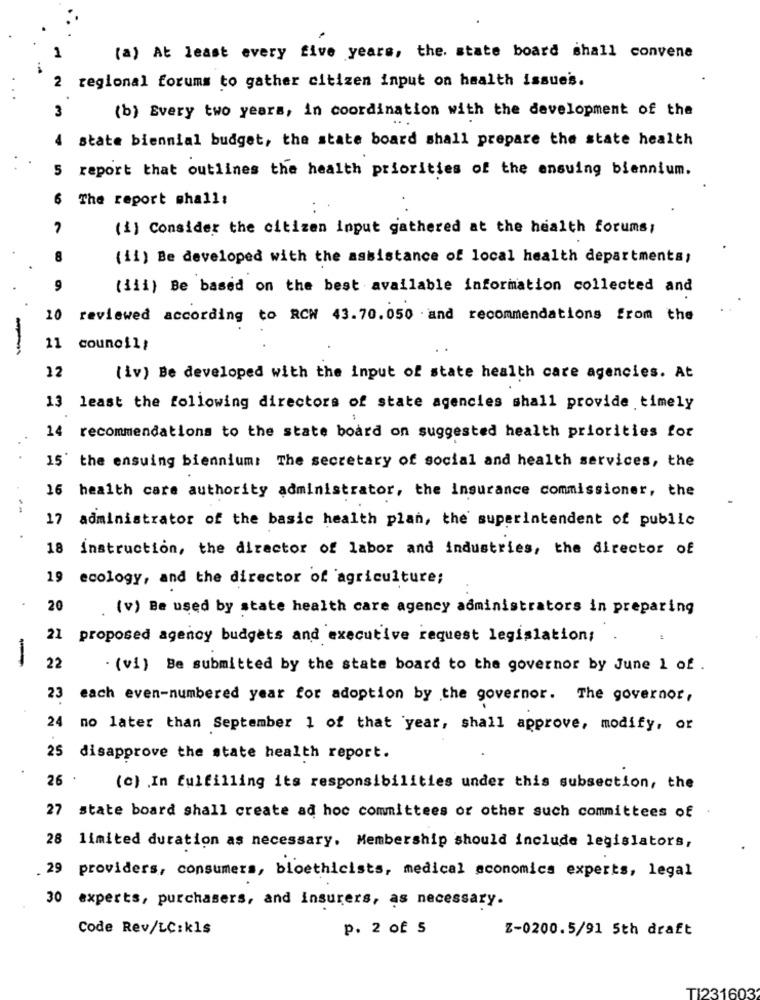
(a) At least every five years, the. state board shall convene
regional forums to gather citizen input on health issuess.
(b) Every two years, in coordination with the development of the
3
state biennial budget, the state board shall prepare the state health
5
report that outlines the health priorities of the ensuing biennium.
6
The report mhall;
(i) Consider the citizen input gathered at the health forums;
(ii) Be developed with the assistance of local health departments;
(iii) Be based on the best available information collected and
10 reviewed according to RCW 43.70.050 . and recommendations from the
-
11
counoil;
12
(iv) Be developed with the input of state health care agencies. At
13 least the following directors of state agencies shall provide timely
14 recommendations to the state board on suggested health priorities for
15' the ensuing biennium: The secretary of social and health services, the
16 health care authority administrator, the insurance commissioner, the
17 administrator of the basic health plan, the superintendent of public
18 instruction, the director of labor and industries, the director of
ecology, and the director of agriculture;
20
(v) Be used by state health care agency administrators in preparing
21 proposed agency budgets and executive request legislation;
22
. (vi) Be submitted by the state board to the governor by June 1 of.
23 each even-numbered year for adoption by the governor. The governor,
24 no later than September 1 of that year, shall approve, modify, or
25 disapprove the state health report.
26 .
(c) . In fulfilling its responsibilities under this subsection, the
state board shall create ad hoc committees or other such committees of
28 limited duration as necessary. Membership should include legislators,
. 29 providers, consumers, bloethicists, medical economics experts, legal
30 experts, purchasers, and insurers, as necessary.
Code Rev/LC:kls
p. 2 of 5
Z-0200.5/91 5th draft
TI231603